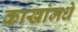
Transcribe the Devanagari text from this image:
काखांमधे